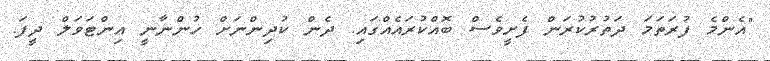
"އެންމެ ފުރަތަމަ ދަތުރުކުރަން ފެށީވެސް ބޮއްކުރައެއްގައި. ދެން ކުދިންނަށް ހުންނާނީ އިންޓަވަލް ދީފަ.